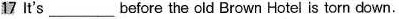
17 It's___before the old Brown Hotel is torn down.